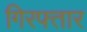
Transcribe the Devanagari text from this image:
गिरफ्तार